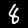
Digit: 8